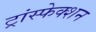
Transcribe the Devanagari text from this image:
ट्रांस्फेक्शन